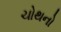
ચોથનો